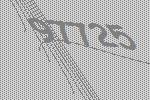
97725